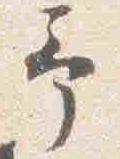
予